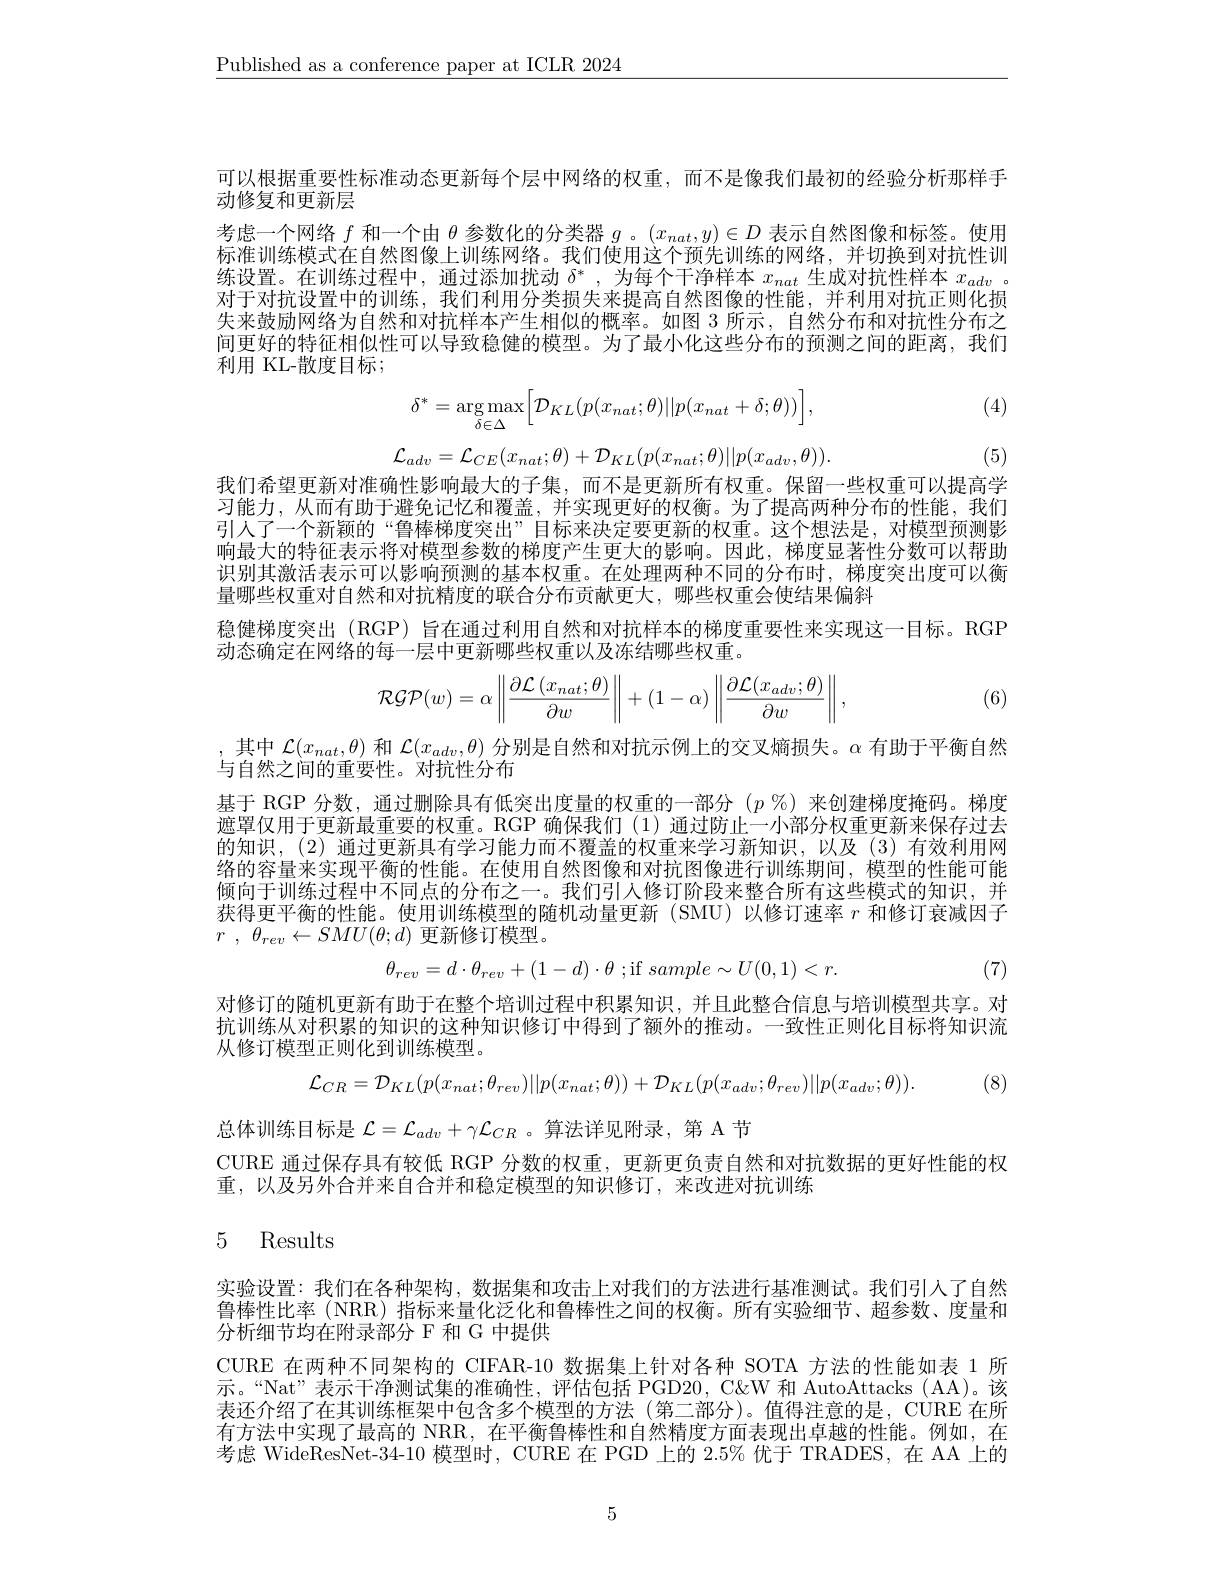
$\underline{\text{Published as a conference paper at ICLR 2024}}$

可以根据重要性标准动态更新每个层中网络的权重，而不是像我们最初的经验分析那样手
动修复和更新层
考虑一个网络$f$和一个由$\theta$参数化的分类器$g$ 。$(x_{nat},y)\in D$表示自然图像和标签。使用标准训练模式在自然图像上训练网络。我们使用这个预先训练的网络，并切换到对抗性训练设置。在训练过程中，通过添加扰动$\delta^*$,为每个干净样本$x_nat$生成对抗性样本$x_adv$ 对于对抗设置中的训练，我们利用分类损失来提高自然图像的性能，并利用对抗正则化损失来鼓励网络为自然和对抗样本产生相似的概率。如图 3 所示，自然分布和对抗性分布之间更好的特征相似性可以导致稳健的模型。为了最小化这些分布的预测之间的距离，我们利用 KL-散度目标；

(4)
$$\delta^*=\underset{\delta\in\Delta}{\arg\max}\Big[\mathcal{D}_{KL}(p(x_{nat};\theta)||p(x_{nat}+\delta;\theta))\Big],$$
$$\mathcal{L}_{adv}=\mathcal{L}_{CE}(x_{nat};\theta)+\mathcal{D}_{KL}(p(x_{nat};\theta)||p(x_{adv},\theta)).$$
(5)

我们希望更新对准确性影响最大的子集，而不是更新所有权重。保留一些权重可以提高学习能力，从而有助于避免记忆和覆盖，并实现更好的权衡。为了提高两种分布的性能，我们引人了一个新颖的“鲁棒梯度突出”目标来决定要更新的权重。这个想法是，对模型预测影响最大的特征表示将对模型参数的梯度产生更大的影响。因此，梯度显著性分数可以帮助识别其激活表示可以影响预测的基本权重。在处理两种不同的分布时，梯度突出度可以衡量哪些权重对自然和对抗精度的联合分布贡献更大，哪些权重会使结果偏斜
稳健梯度突出 (RGP) 旨在通过利用自然和对抗样本的梯度重要性来实现这一目标。RGP
动态确定在网络的每一层中更新哪些权重以及冻结哪些权重。
$$\mathcal{RGP}(w)=\alpha\left\|\frac{\partial\mathcal{L}\left(x_{nat};\theta\right)}{\partial w}\right\|+(1-\alpha)\left\|\frac{\partial\mathcal{L}(x_{adv};\theta)}{\partial w}\right\|,$$
(6)

,其中$\mathcal{L}(x_{nat},\theta)$和$\mathcal{L}(x_{adv},\theta)$分别是自然和对抗示例上的交叉熵损失。$\alpha$有助于平衡自然
与自然之间的重要性。对抗性分布
基于 RGP 分数，通过删除具有低突出度量的权重的一部分$(p\%)$来创建梯度掩码。梯度遮罩仅用于更新最重要的权重。RGP 确保我们(1)通过防止一小部分权重更新来保存过去的知识，(2) 通过更新具有学习能力而不覆盖的权重来学习新知识，以及(3)有效利用网络的容量来实现平衡的性能。在使用自然图像和对抗图像进行训练期间，模型的性能可能倾向于训练过程中不同点的分布之一。我们引人修订阶段来整合所有这些模式的知识，并获得更平衡的性能。使用训练模型的随机动量更新 (SMU)以修订速率$r$和修订衰减因子$r$ , $\theta _{rev}\leftarrow SMU( \theta ; d)$更新修订模型。
$$\theta_{rev}=d\cdot\theta_{rev}+(1-d)\cdot\theta\:;\mathrm{if}\:sample\sim U(0,1)<r.$$
(7)

对修订的随机更新有助于在整个培训过程中积累知识，并且此整合信息与培训模型共享。对抗训练从对积累的知识的这种知识修订中得到了额外的推动。一致性正则化目标将知识流从修订模型正则化到训练模型。
$$\mathcal{L}_{CR}=\mathcal{D}_{KL}(p(x_{nat};\theta_{rev})||p(x_{nat};\theta))+\mathcal{D}_{KL}(p(x_{adv};\theta_{rev})||p(x_{adv};\theta)).$$
(8)

总体训练目标是$\mathcal{L}=\mathcal{L}_adv+\gamma\mathcal{L}_{CR}$ 。算法详见附录，第 A 节
CURE 通过保存具有较低 RGP 分数的权重，更新更负责自然和对抗数据的更好性能的权
重，以及另外合并来自合并和稳定模型的知识修订，来改进对抗训练

# 5 Results

实验设置：我们在各种架构，数据集和攻击上对我们的方法进行基准测试。我们引入了自然鲁棒性比率 (NRR) 指标来量化泛化和鲁棒性之间的权衡。所有实验细节、超参数、度量和分析细节均在附录部分 F 和 G 中提供
CURE 在两种不同架构的 CIFAR-10 数据集上针对各种 SOTA 方法的性能如表 1 所示。“Nat”表示干净测试集的准确性，评估包括 PGD20, C&W 和 AutoAttacks ( AA)。该表还介绍了在其训练框架中包含多个模型的方法(第二部分)。值得注意的是，CURE 在所有方法中实现了最高的 NRR, 在平衡鲁棒性和自然精度方面表现出卓越的性能。例如，在考虑 WideResNet-34-10 模型时，CURE 在 PGD 上的 2.5% 优于 TRADES, 在 AA 上的

5